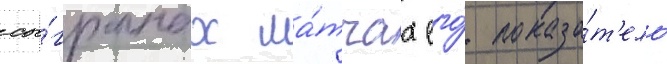
сы́гранных ма́тчах его́ показа́т'ель